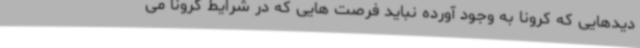
دیدهایی که کرونا به وجود آورده نباید فرصت هایی که در شرایط کرونا می